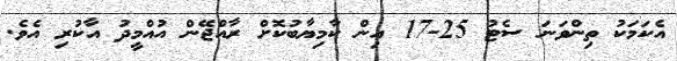
އެކަމަކު ތިންވަނަ ސެޓު 25-17 އިން ކާމިޔާބުކޮށް ރާއްޖޭން އުއްމީދު އާކުރި އެވެ.